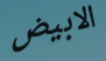
الابيض